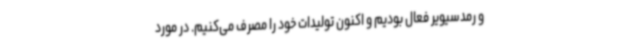
و رمدسیویر فعال بودیم و اکنون تولیدات خود را مصرف می‌کنیم. در مورد